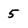
Character: 5